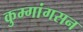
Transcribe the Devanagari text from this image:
कुम्गांगसन